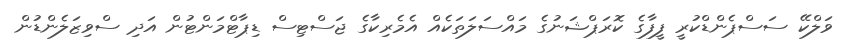
ވަލްކޭ ސަސްޕެންޑްކުރީ ފީފާގެ ކޮރަޕްޝަނުގެ މައްސަލަތަކެއްް އެމެރިކާގެ ޖަސްޓިސް ޑިޕާޓްމަންޓުން އަދި ސްވިޒަލެންޑުން